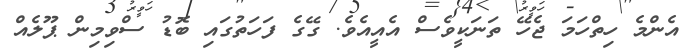
އެންމެ ހިތްހަމަ ޖެހޭ ތަނަކީވެސް އެއީއެވެ. ގޭގެ ފަހަތުގައި ބޮޑު ސްވިމިން ޕޫލެއް